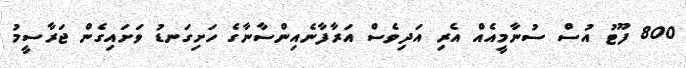
800 ފޫޓު އުސް ސުނާމީއެއް އެރި އަދިވެސް އަރާފާނެއިންސާނާގެ ހަށިގަނޑު ވަށައިގެން ޖަރާސީމު